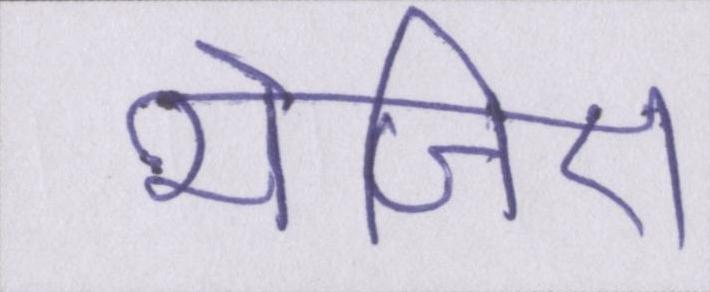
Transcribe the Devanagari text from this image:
भेजिए